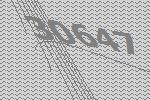
30647